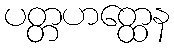
ပတ္တဟတ္ထေန